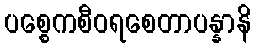
ပစ္စေကစီဝရစေတာပန္နာနိ